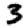
Digit: 3